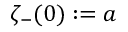
\zeta _ { - } ( 0 ) : = a